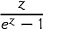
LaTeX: \frac { z } { e ^ { z } - 1 }